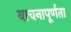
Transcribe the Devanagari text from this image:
याचनापूर्णता